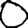
Digit: 0